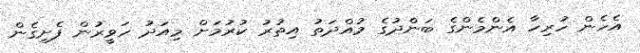
އެހެން ހުރިހާ އެންމެންގެ ބަންދުގެ މުއްދަތު އިތުރު ކުރުމަށް މިއަދު ހަވީރުން ފެށިގެން